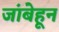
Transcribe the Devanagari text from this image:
जांबेहून